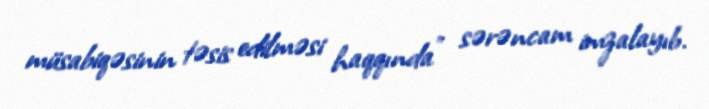
müsabiqəsinin təsis edilməsi haqqında" sərəncam imzalayıb.